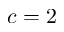
c = 2